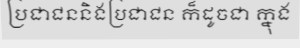
ប្រជាជននិងប្រជាជន ក៏ដូចជា ក្នុង